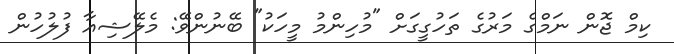
ކިމް ޖޮން ނަމްގެ މަރުގެ ތަހުގީގަށް "މުހިންމު މީހަކު" ބޭނުންވޭ: މެލޭޝިއާ ފުލުހުން